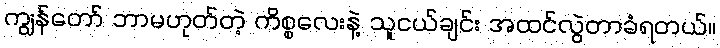
ကျွန်တော် ဘာမဟုတ်တဲ့ ကိစ္စလေးနဲ့ သူငယ်ချင်း အထင်လွဲတာခံရတယ်။